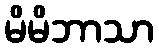
မိမိဘာသာ